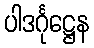
ပါဒင်္ဂုဋ္ဌေန